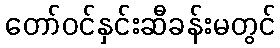
တော်ဝင်နှင်းဆီခန်းမတွင်